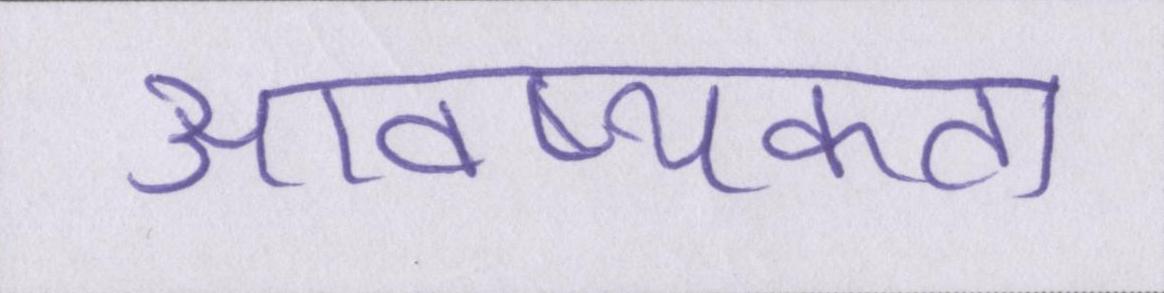
आवष्यकता